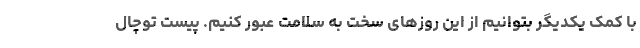
با کمک یکدیگر بتوانیم از این روزهای سخت به سلامت عبور کنیم. پیست توچال